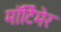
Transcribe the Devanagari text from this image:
माॅर्टिमेर